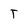
Character: T